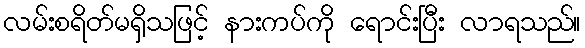
လမ်းစရိတ်မရှိသဖြင့် နားကပ်ကို ရောင်းပြီး လာရသည်။